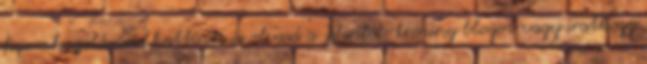
finomhagolására, kattints és olvasd a Jelenlét-tréning blogot vagy iratkozz